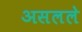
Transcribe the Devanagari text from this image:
असलले